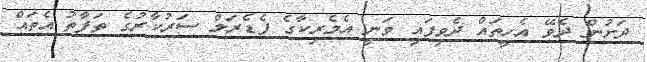
ދަށުން ދެވޭ އެހީތައް ދެވިފައި ވަނީ އެމެރިކާގެ ފެޑެރަލް ސަރުކާރުގެ ތަފާތު އެތައް